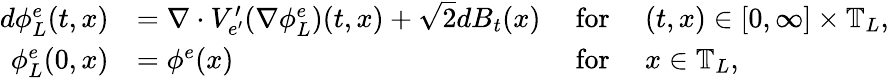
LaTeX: \begin{array}{rlrl}{d\phi_{L}^{e}(t,x)}&{=\nabla\cdot V_{e^{\prime}}^{\prime}(\nabla\phi_{L}^{e})(t,x)+\sqrt{2}dB_{t}(x)}&{~\mathrm{for}~}&{(t,x)\in[0,\infty]\times\mathbb{T}_{L},}\\ {\phi_{L}^{e}(0,x)}&{=\phi^{e}(x)}&{~\mathrm{for}~}&{x\in\mathbb{T}_{L},}\end{array}